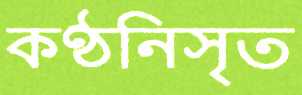
কণ্ঠনিসৃত